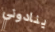
ينادوني